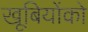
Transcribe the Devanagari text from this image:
खूबियोंको